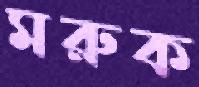
মরুক